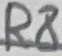
Text: R8